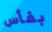
بفأس